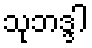
သုဘဒ္ဒါ